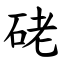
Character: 硓